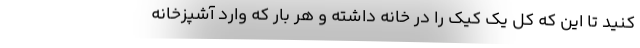
کنید تا این که کل یک کیک را در خانه داشته و هر بار که وارد آشپزخانه